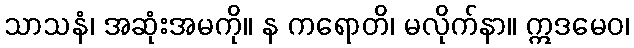
သာသနံ၊ အဆုံးအမကို။ န ကရောတိ၊ မလိုက်နာ။ ဣဒမေဝ၊